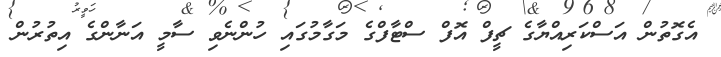
އެގޮތުން އަސްކަރިއްޔާގެ ޗީފް އޮފް ސްޓާފްގެ މަގާމުގައި ހުންނެވި ސާމީ އަނާންގެ އިތުރުން